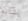
يشابه